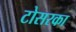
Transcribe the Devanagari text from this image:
टोसरका